Indian journal of veterinary science and animal husbandry - Volumes 24-25, 1954-1955
Year: 1954
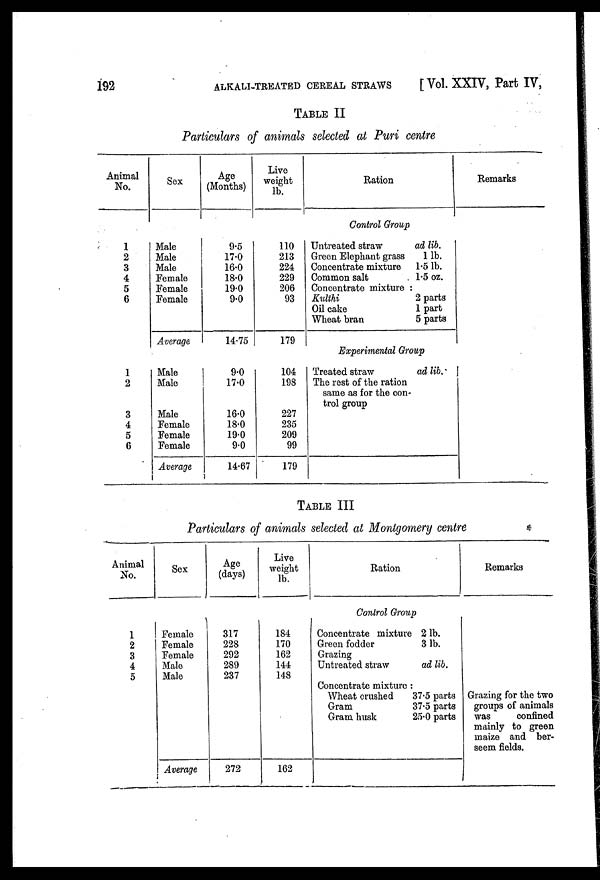
192
ALKALI-TREATED CEREAL STRAWS
[ Vol. XXIV, Part IV,
TABLE II
Particulars of animals selected at Puri centre
Animal
No.
1
2
3
4
5
6
1
2
3
4
5
6
Sex
Male
Male
Male
Female
Female
Female
Average
Male
Male
Male
Female
Female
Female
Average
Age
(Months)
9.5
17.0
16.0
18.0
19.0
9.0
14.75
9.0
17.0
16.0
18.0
19.0
9.0
14.67
Live
weight
lb.
110
213
224
229
206
93
179
104
198
227
235
209
99
179
Ration
Control Group
Untreated straw
Green Elephant grass
Concentrate mixture
Common salt
Concentrate mixture :
Kulthi
Oil cake
Wheat bran
ad lib.
1 lb.
1.5 lb.
1.5 oz.
2 parts
1 part
5 parts
Experimental Group
Treated straw
The rest of the ration
same as for the con-
trol group
ad lib.
Remarks
TABLE III
Particulars of animals selected at Montgomery centre
Animal
No.
1
2
3
4
5
Sex
Female
Female
Female
Male
Male
Average
Age
(days)
317
228
292
289
237
272
Live
weight
lb.
184
170
162
144
148
162
Ration
Control Group
Concentrate mixture
Green fodder
Grazing
Untreated straw
2 lb.
3 lb.
ad lib.
Concentrate mixture :
Wheat crushed
Gram
Gram husk
37.5 parts
37.5 parts
25.0 parts
Remarks
Grazing for the two
groups of animals
was
confined
mainly to green
maize and ber¬
seem fields.